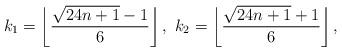
LaTeX: \begin{align*}k_{1}=\left\lfloor \dfrac{\sqrt{24n+1}-1}{6}\right\rfloor ,\ k_{2}=\left\lfloor \dfrac{\sqrt{24n+1}+1}{6}\right\rfloor ,\end{align*}